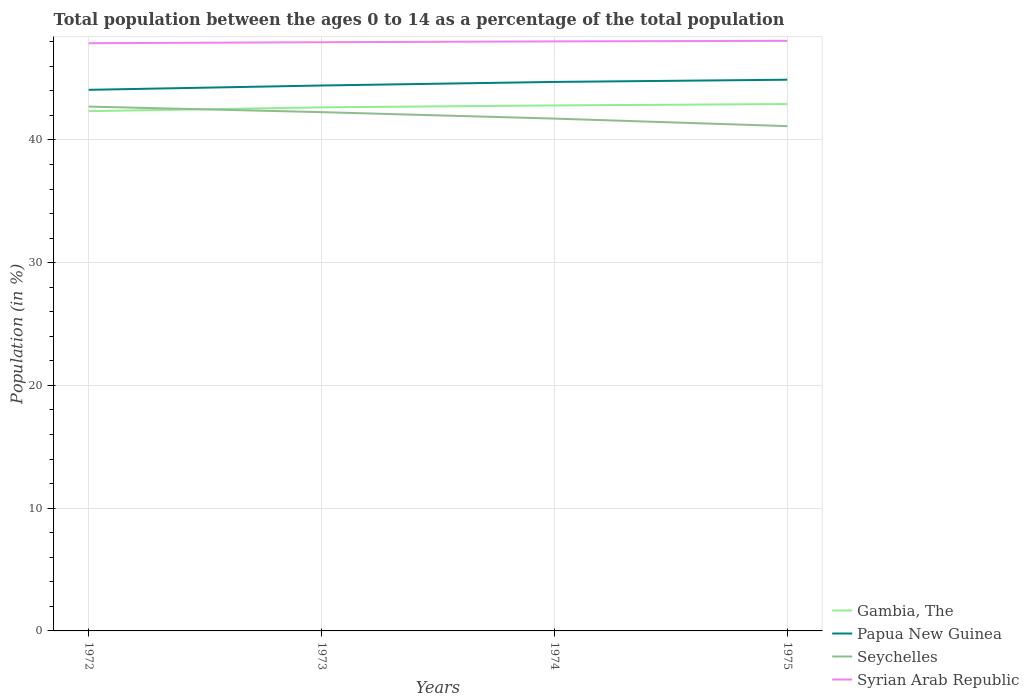
| Years | Gambia, The | Papua New Guinea | Seychelles | Syrian Arab Republic |
 | --- | --- | --- | --- | --- |
 | 1972 | 42.3 | 44.1 | 42.7 | 47.9 |
 | 1973 | 42.7 | 44.4 | 42.3 | 48 |
 | 1974 | 42.8 | 44.7 | 41.7 | 48 |
 | 1975 | 42.9 | 44.9 | 41.1 | 48.1 |